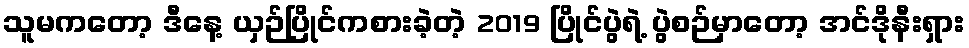
သူမကတော့ ဒီနေ့ ယှဉ်ပြိုင်ကစားခဲ့တဲ့ 2019 ပြိုင်ပွဲရဲ့ ပွဲစဉ်မှာတော့ အင်ဒိုနီးရှား